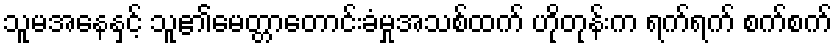
သူမအနေနှင့် သူ၏မေတ္တာတောင်းခံမှုအသစ်ထက် ဟိုတုန်းက ရက်ရက် စက်စက်